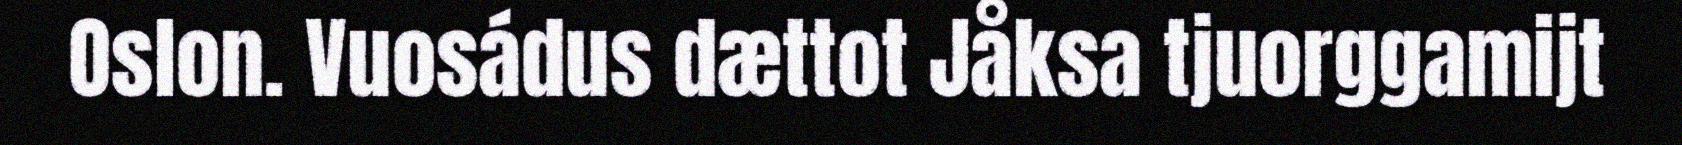
Oslon. Vuosádus dættot Jåksa tjuorggamijt